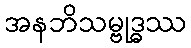
အနဘိသမ္ဗုဒ္ဓဿ